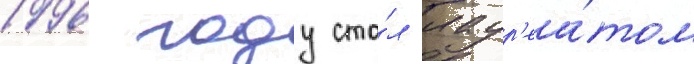
1996 году ста́л лаур'еа́том